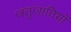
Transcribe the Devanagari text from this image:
जंतुजातियों